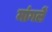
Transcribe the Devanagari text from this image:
मांगलें